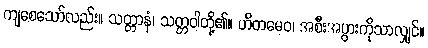
ကျစေသော်လည်း။ သတ္တာနံ၊ သတ္တဝါတို့၏။ ဟိတမေဝ၊ အစီးအပွားကိုသာလျှင်။